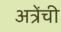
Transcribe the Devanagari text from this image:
अत्रेंची